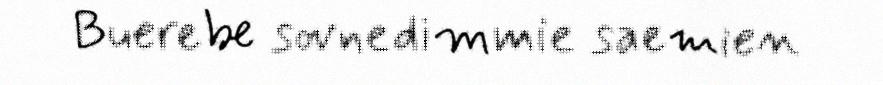
Buerebe sovnedimmie saemien